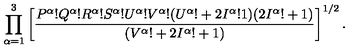
\prod _ { \alpha = 1 } ^ { 3 } \left[ { \frac { P ^ { \alpha } ! Q ^ { \alpha } ! R ^ { \alpha } ! S ^ { \alpha } ! U ^ { \alpha } ! V ^ { \alpha } ! ( U ^ { \alpha } ! + 2 I ^ { \alpha } ! 1 ) ( 2 I ^ { \alpha } ! + 1 ) } { ( V ^ { \alpha } ! + 2 I ^ { \alpha } ! + 1 ) } } \right] ^ { 1 / 2 } .